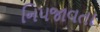
નિપજાવતા